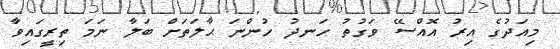
މިއަދުގެ އިރު އޮއްސޭ ވަގުތު ހަނދު ހުންނަ ޙާލަތަށް ބަލާ ނަމަ ތިރީގައިވާ